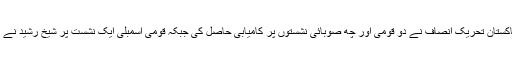
2013میں ضلع راولپنڈی میں مسلم لیگ کے مدمقابل پاکستان تحریک انصاف نے دو قومی اور چھ صوبائی نشستوں پر کامیابی حاصل کی جبکہ قومی اسمبلی ایک نشست پر شیخ رشید نے پاکستان تحریک انصاف کی حمایت کامیابی حاصل کی۔